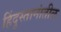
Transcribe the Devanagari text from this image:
हिंदुस्तानांतील